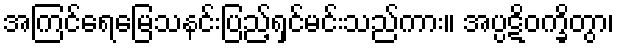
အကြင်ရေမြေသနင်းပြည့်ရှင်မင်းသည်ကား။ အပ္ပဋိဝက္ခိတွာ၊